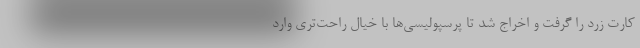
کارت زرد را گرفت و اخراج شد تا پرسپولیسی‌ها با خیال راحت‌تری وارد